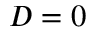
D = 0